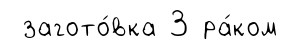
загото́вка 3 ра́ком